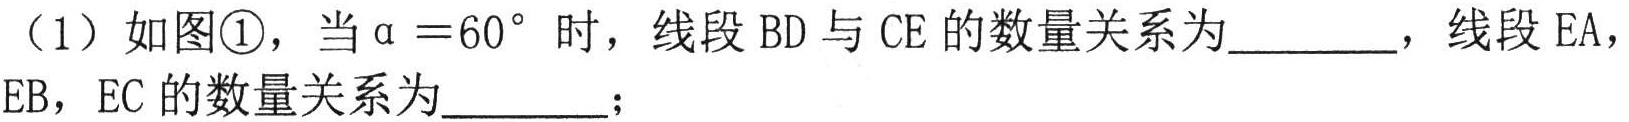
（1）如图\textcircled{1}，当 \(\alpha = 60^{\circ}\) 时，线段 \(BD\) 与 \(CE\) 的数量关系为________，线段 \(EA\)，
\(EB\)，\(EC\) 的数量关系为________；